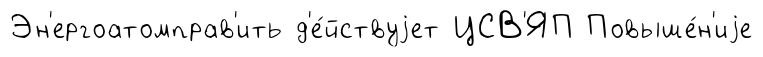
Эн'ергоатомправ'ить д'е́йствуjет ЦСВ'ЯП Повыше́н'иjе